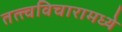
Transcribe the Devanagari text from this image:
तत्त्वविचारामध्ये